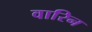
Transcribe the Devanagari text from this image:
वारिन